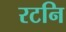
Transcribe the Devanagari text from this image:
रटनि